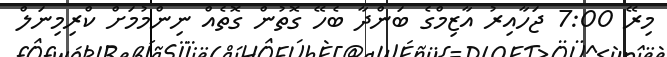
މިރޭ 7:00 ޖަހާއިރު އާޒިމްގެ ބަންދާ ބެހޭ ގޮތުން ގޮތެއް ނިންމުމަށް ކްރިމިނަލް